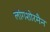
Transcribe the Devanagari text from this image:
लांगशोरमैन